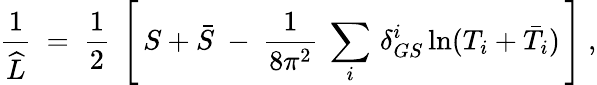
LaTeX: \frac{1}{\widehat L}\ =\ \frac{1}{2}\ \left[\, S+\bar{S}\ -\ \frac{1}{8\pi^{2}}\ \sum_{i}\, \delta_{GS}^{i}\ln(T_{i}+\bar{T}_{i})\, \right]\ ,